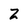
Character: 2